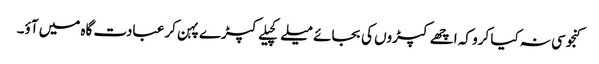
کنجوسی نہ کیا کرو کہ اچھے کپڑوں کی بجائے میلے کچیلے کپڑے پہن کر عبادت گاہ میں آؤ۔